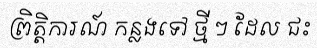
ព្រិត្តិការណ៍ កន្លងទៅ ថ្មី ៗ ដែល ជះ